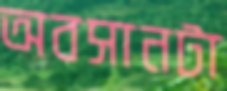
অবসানটা